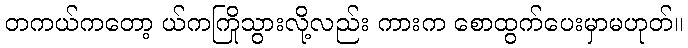
တကယ်ကတော့ ယ်ကကြိုသွားလို့လည်း ကားက စောထွက်ပေးမှာမဟုတ်။